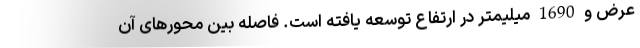
عرض و 1690 میلیمتر در ارتفاع توسعه یافته است. فاصله بین محورهای آن